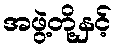
အဖွဲ့တို့နှင့်